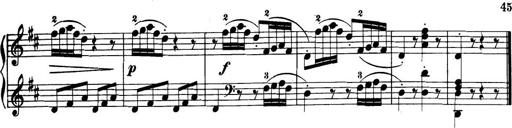
Title: 32 Sonatinas and Rondos for the Piano
Composer: Richard Kleinmichel